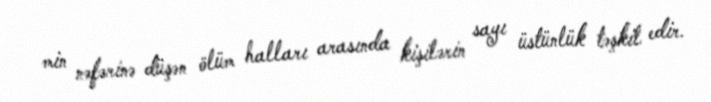
min nəfərinə düşən ölüm halları arasında kişilərin sayı üstünlük təşkil edir.